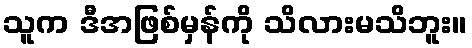
သူက ဒီအဖြစ်မှန်ကို သိလားမသိဘူး။